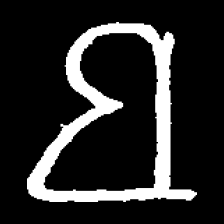
Pyu character \u2014 Myanmar letter: ဗ (romanized: ba)